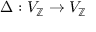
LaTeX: \Delta : V _ { \mathbb { Z } } \to V _ { \mathbb { Z } }